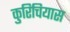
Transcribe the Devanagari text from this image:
कुरिचियास